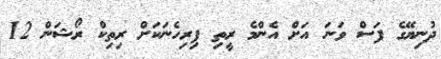
ދުނިޔޭގެ ފަސް ވަނަ އަށް އެންމެ ރީތި ފިރިހެނަކަށް ރިތިކް ރޯޝަން 12